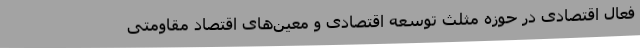
فعال اقتصادی در حوزه مثلث توسعه اقتصادی و معین‌های اقتصاد مقاومتی